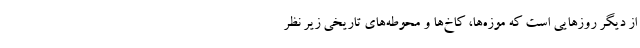
از دیگر روزهایی است که موزه‌ها، کاخ‌ها و محوطه‌های تاریخی زیر نظر